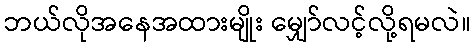
ဘယ်လိုအနေအထားမျိုး မျှော်လင့်လို့ရမလဲ။